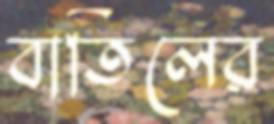
বাতিলের